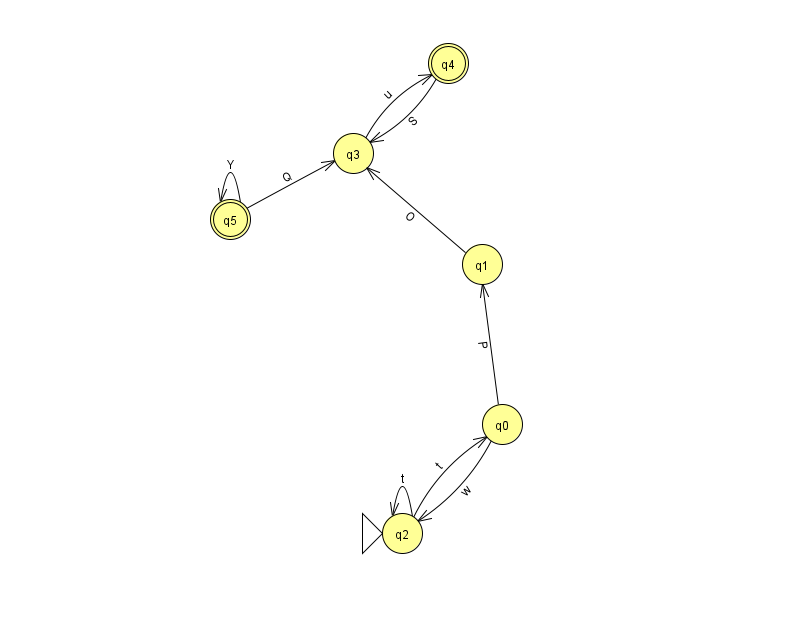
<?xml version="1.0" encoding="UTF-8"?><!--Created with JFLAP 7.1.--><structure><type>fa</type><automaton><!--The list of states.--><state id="0" name="q0"><x>502.0</x><y>411.0</y></state><state id="1" name="q1"><x>482.0</x><y>251.0</y></state><state id="2" name="q2"><x>402.0</x><y>520.0</y><initial/></state><state id="3" name="q3"><x>353.0</x><y>140.0</y></state><state id="4" name="q4"><x>448.0</x><y>50.0</y><final/></state><state id="5" name="q5"><x>230.0</x><y>206.0</y><final/></state><!--The list of transitions.--><transition><from>3</from><to>4</to><read>u</read></transition><transition><from>2</from><to>2</to><read>t</read></transition><transition><from>4</from><to>3</to><read>S</read></transition><transition><from>1</from><to>3</to><read>O</read></transition><transition><from>5</from><to>3</to><read>Q</read></transition><transition><from>5</from><to>5</to><read>Y</read></transition><transition><from>2</from><to>0</to><read>t</read></transition><transition><from>0</from><to>1</to><read>P</read></transition><transition><from>0</from><to>2</to><read>w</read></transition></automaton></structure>